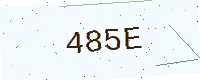
Text: 485E